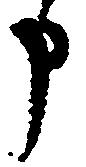
申